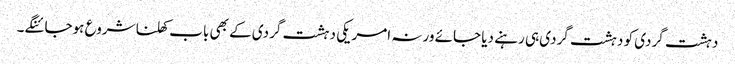
دہشت گردی کو دہشت گردی ہی رہنے دیا جائے ورنہ امریکی دہشت گردی کے بھی باب کھلنا شروع ہوجائنگے۔